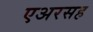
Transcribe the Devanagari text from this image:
एअरसह